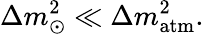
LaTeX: \Delta m_{\odot}^{2}\ll\Delta m_{\mathrm{atm}}^{2}.